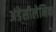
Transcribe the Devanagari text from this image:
अंडेसीलेनिक